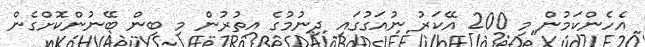
އެހެންކަމުން މި 200 އޭކަރު ނުއަގުގައި ދިނުމުގެ އިތުރުން މި ބިން ބޭނުންކޮށްގެން